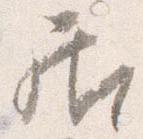
居